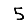
Digit: 5